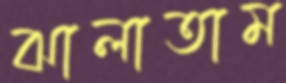
ঝালাতাম